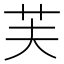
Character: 芙